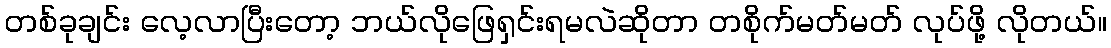
တစ်ခုချင်း လေ့လာပြီးတော့ ဘယ်လိုဖြေရှင်းရမလဲဆိုတာ တစိုက်မတ်မတ် လုပ်ဖို့ လိုတယ်။